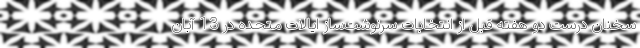
سخنان درست دو هفته قبل از انتخابات سرنوشت‌ساز ایالات متحده در 13 آبان